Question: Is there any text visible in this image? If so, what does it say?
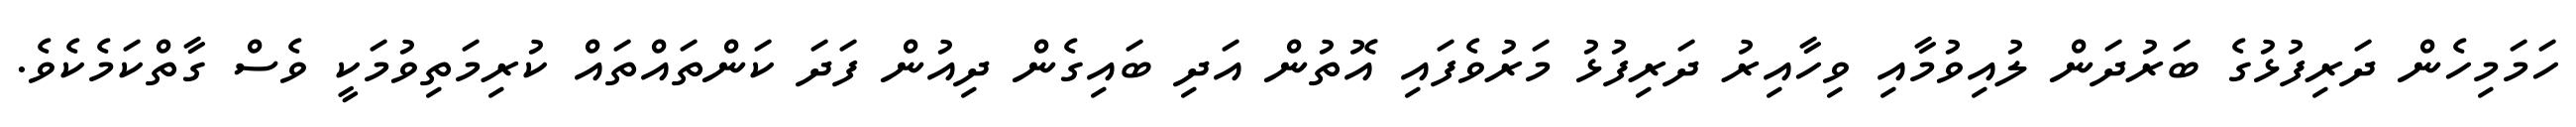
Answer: ހަމަމިހެން ދަރިފުޅުގެ ބަރުދަން ލުއިވުމާއި ވިހާއިރު ދަރިފުޅު މަރުވެފައި އޮތުން އަދި ބައިގެން ދިއުން ފަދަ ކަންތައްތައް ކުރިމަތިވުމަކީ ވެސް ގާތްކަމެކެވެ.